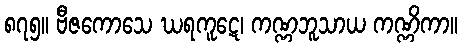
၈၇၅။ ဗီဇကောသေ ဃရကူဋေ၊ ကဏ္ဏဘူသာယ ကဏ္ဏိကာ။